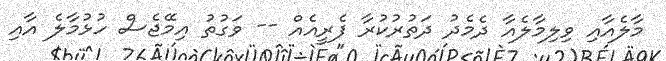
މާލެއާއި ވިލިމާލެއާ ދެމެދު ދަތުރުކުރާ ފެރީއެއް -- ވަގުތު އިމޭޖެސް ހުޅުމާލެ އާއި